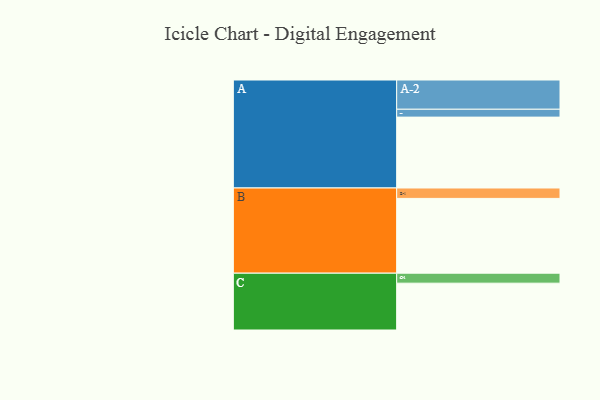
{"axis": {"x": "Segment", "y": "Value"}, "legend": ["", "A", "B", "C"], "data": [{"x": "A", "y": 504, "type": ""}, {"x": "B", "y": 532, "type": ""}, {"x": "C", "y": 333, "type": ""}, {"x": "A-1", "y": 56, "type": "A"}, {"x": "A-2", "y": 208, "type": "A"}, {"x": "B-1", "y": 74, "type": "B"}, {"x": "C-1", "y": 71, "type": "C"}]}